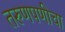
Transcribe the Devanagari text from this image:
तरुणपणीचा